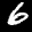
Label: 6